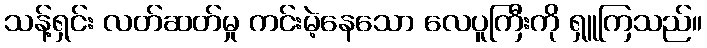
သန့်ရှင်း လတ်ဆတ်မှု ကင်းမဲ့နေသော လေပူကြီးကို ရှူကြသည်။